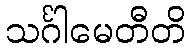
သင်္ဂါမေတီတိ